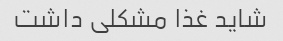
شاید غذا مشکلی داشت